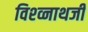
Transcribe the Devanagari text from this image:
विश्व्नाथजी